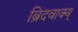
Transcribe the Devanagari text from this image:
ब्रिदवाक्य्